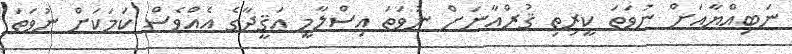
ނަބިއްޔާއަށް ނުވަތަ ކީރިތި ޤުރްއާނަށް ނުވަތަ އިސްލާމީ ޢަޤީދާގެ އެއްވެސް ކަމަކަށް ނުވަތަ